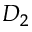
D _ { 2 }